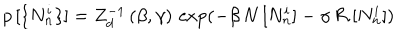
LaTeX: p \, [ \{ N _ { n } ^ { i } \} ] = Z _ { d } ^ { - 1 } \, ( \beta , \gamma ) \, \exp ( - \beta \, N \, [ N _ { n } ^ { i } ] - \gamma \, { \cal R } \, [ N _ { n } ^ { i } ] )